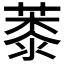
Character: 𦸓